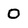
Character: 0